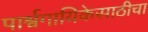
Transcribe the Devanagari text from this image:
पार्श्वगायिकेसाठीचा